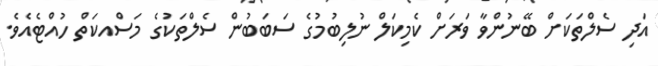
އަދި ސެލްތަކަށް ބޭނުންވާ ވަރަށް ކެމިކަލް ނުލިބުމުގެ ސަބަބުން ސެލްތަކުގެ މަސްއކަތް ހުއްޓެއެވެ.